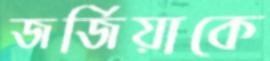
জর্জিয়াকে